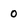
Character: 0